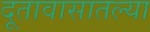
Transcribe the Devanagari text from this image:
दूतावासातल्या